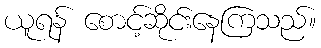
ယူရန် စောင့်ဆိုင်းနေကြသည်။